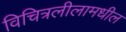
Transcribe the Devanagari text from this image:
विचित्रलीलामधील